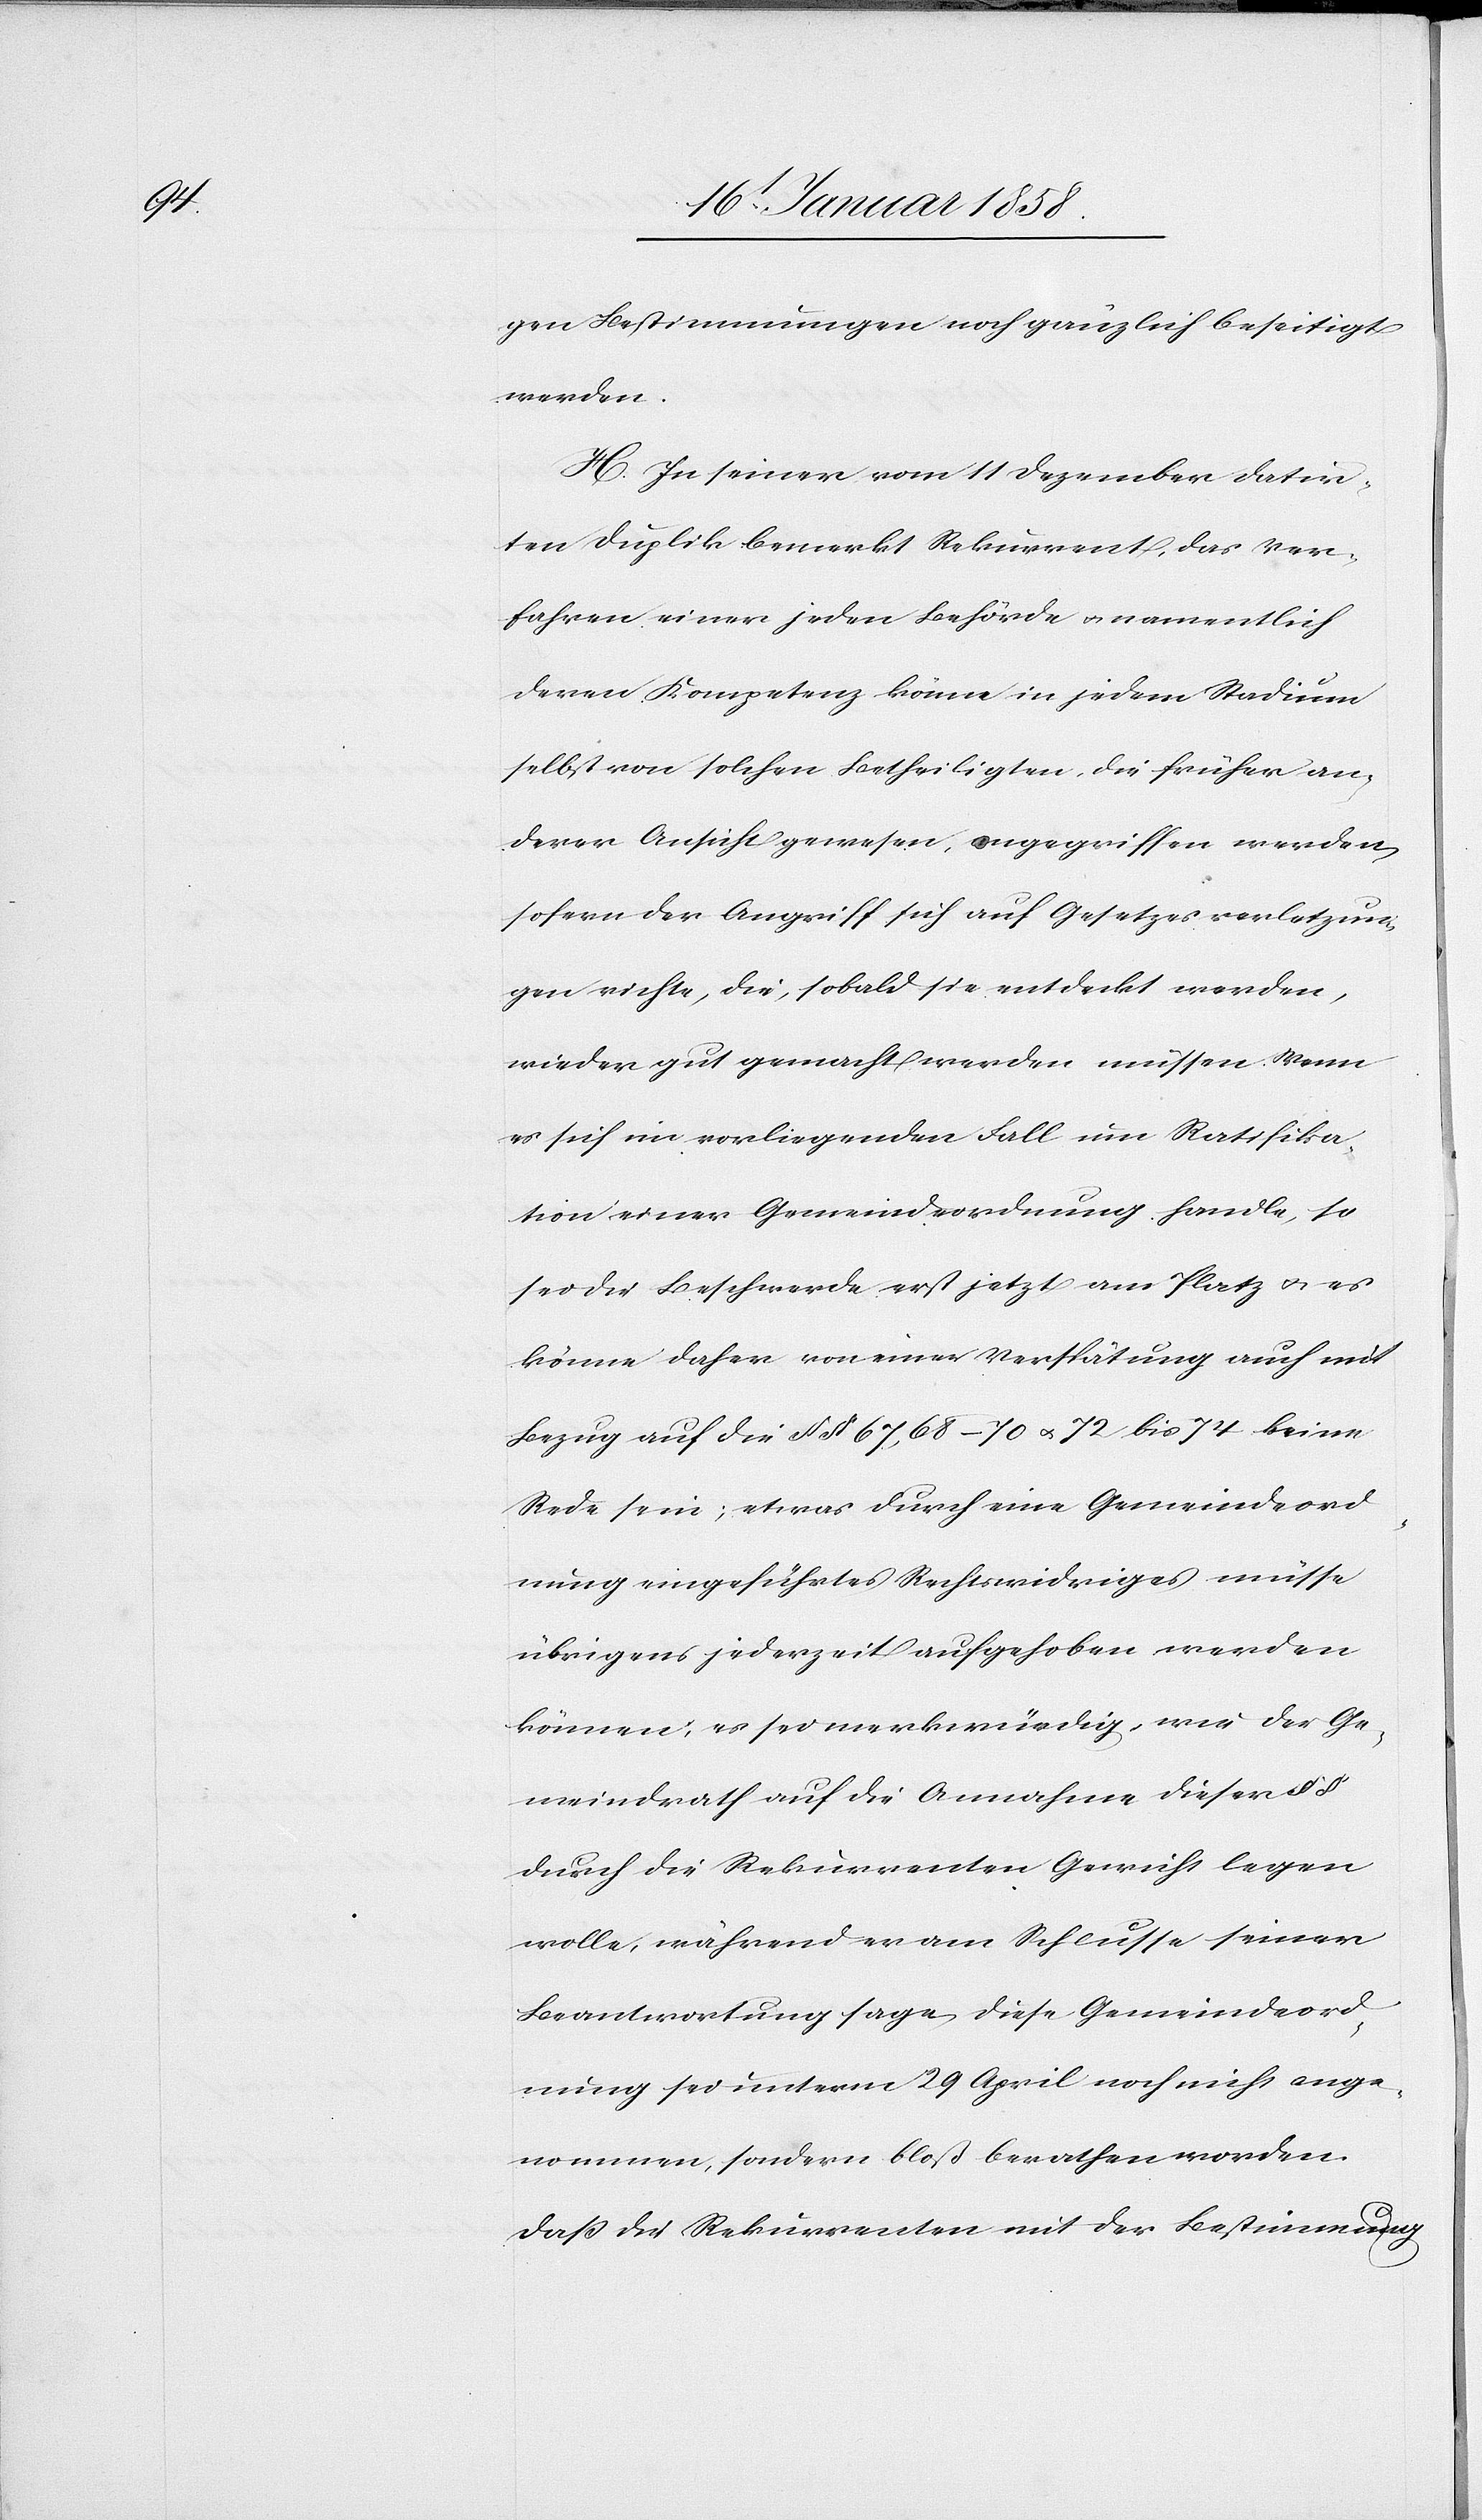
gen Bestimmungen noch gänzlich beseitigt
werden.
H. In seiner vom 11 Dezember datir¬
ten Duplik bemerkt Rekurrent, das Ver¬
fahren einer jeden Behörde u. namentlich
deren Kompetenz könne in jedem Stadium
selbst von solchen Betheiligten, die früher an¬
derer Ansicht gewesen, angegriffen werden,
sofern der Angriff sich auf Gesetzesverletzun¬
gen richte, die, sobald sie entdeckt werden,
wieder gut gemacht werden müssen. Wenn
es sich im vorliegenden Fall um Ratifika¬
tion einer Gemeindeordnung handle, so
sei die Beschwerde erst jetzt am Platz u. es
könne daher von einer Verspätung auch mit
Bezug auf die §§ 67, 68–70 u. 72 bis 74 keine
Rede sein; etwas durch eine Gemeindeord¬
nung eingeführtes Rechtswidriges müsse
übrigens jederzeit aufgehoben werden
können; es sei merkwürdig, wie der Ge¬
meindrath auf die Annahme dieser § §
durch die Rekurrenten Gewicht legen
wolle, während er am Schlusse seiner
Beantwortung sage, diese Gemeindeord¬
nung sei unterm 29 April noch nicht ange¬
nommen, sondern bloß berathen worden.
Daß die Rekurrenten mit der Bestimmung